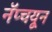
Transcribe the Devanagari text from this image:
नॅप्चयून